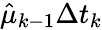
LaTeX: \hat{\mu}_{k-1}\Delta t_{k}